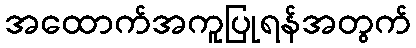
အထောက်အကူပြုရန်အတွက်